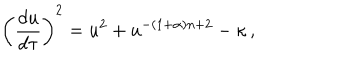
\left( { \frac { d u } { d \tau } } \right) ^ { 2 } = u ^ { 2 } + u ^ { - ( 1 + \alpha ) n + 2 } - \kappa \, ,